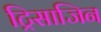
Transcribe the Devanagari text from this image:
ट्रिसाजिन